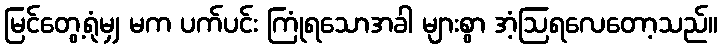
မြင်တွေ့ရုံမျှ မက ပက်ပင်း ကြုံရသောအခါ များစွာ အံ့ဩရလေတော့သည်။